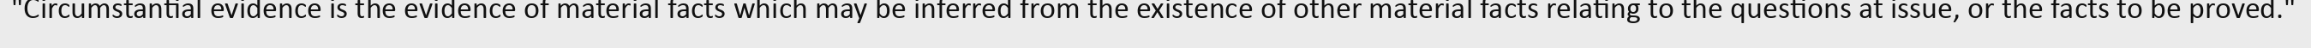
"Circumstantial evidence is the evidence of material facts which may be inferred from the existence of other material facts relating to the questions at issue, or the facts to be proved."